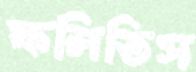
ফলিতিস